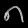
Digit: ၈